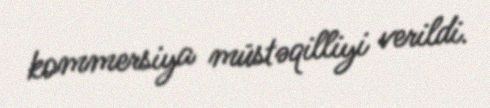
kommersiya müstəqilliyi verildi.